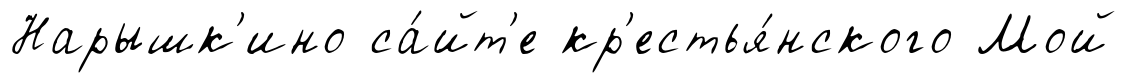
Нарышк'ино са́йт'е кр'естья́нского Мой